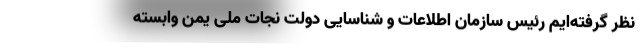
نظر گرفته‌ایم رئیس سازمان اطلاعات و شناسایی دولت نجات ملی یمن وابسته